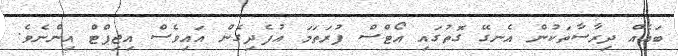
ބައެއް ދިރާސާތަކުން އެނގޭ ގޮތުގައި އޯޓްސް ފުރަތަމަ އުފެދިގެން އައިވެސް އިޖިޕްޓް އިންނެވެ.